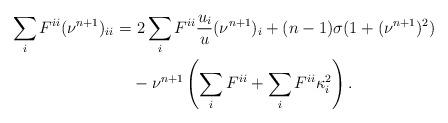
LaTeX: \begin{align*}\sum_i F^{ii}(\nu^{n+1})_{ii} =&\ 2\sum_i F^{ii}\frac{u_i}{u} (\nu^{n+1})_i+(n-1)\sigma (1+(\nu^{n+1})^2)\\&-\nu^{n+1}\left(\sum_i F^{ii}+\sum_i F^{ii}\kappa_i^2\right).\end{align*}